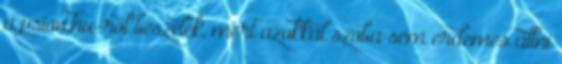
a psion.hu-rol beszelek, mert azokkal szoba sem erdemes allni